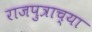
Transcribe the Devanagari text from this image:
राजपुत्राच्या